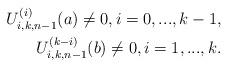
LaTeX: \begin{align*}U_{i,k,n-1}^{(i)}(a)\neq0, i=0,...,k-1,\\U_{i,k,n-1}^{(k-i)}(b)\neq0, i=1,...,k. \end{align*}